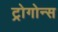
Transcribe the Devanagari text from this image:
ट्रोगोन्स